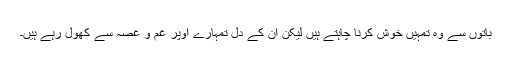
باتوں سے وہ تمہیں خوش کرنا چاہتے ہیں لیکن ان کے دل تمہارے اوپر غم و غصہ سے کھول رہے ہیں۔